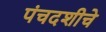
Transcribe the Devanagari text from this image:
पंचदशीचे